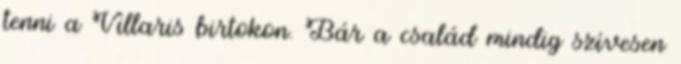
tenni a Villaris birtokon. Bár a család mindig szívesen